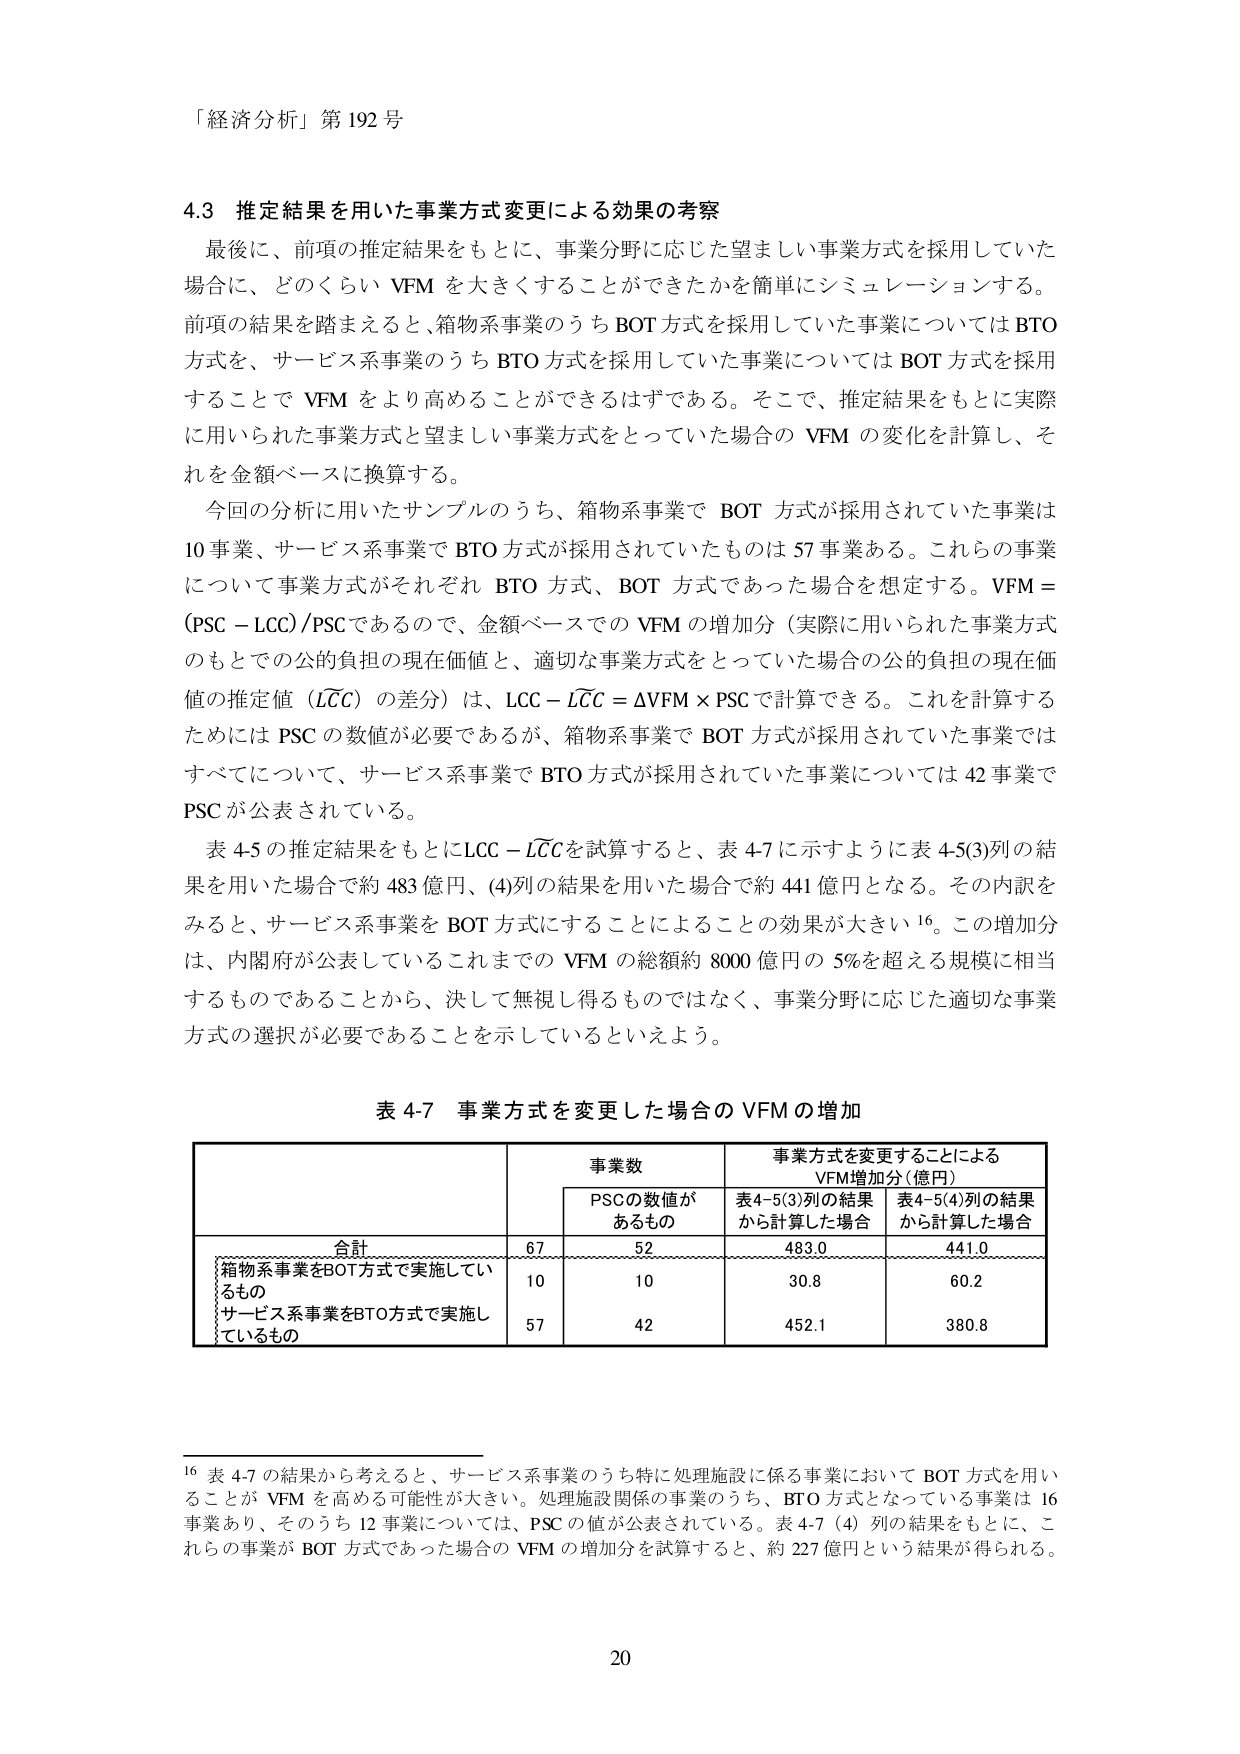
「経済分析」第192号

4.3 推定結果を用いた事業方式変更による効果の考察

最後に、前項の推定結果をもとに、事業分野に応じた望ましい事業方式を採用していた場合に、どのくらい VFM を大きくすることができたかを簡単にシミュレーションする。前項の結果を踏まえると、箱物系事業のうち BOT 方式を採用していた事業については BTO 方式を、サービス系事業のうち BTO 方式を採用していた事業については BOT 方式を採用することで VFM をより高めることができるはずである。そこで、推定結果をもとに実際に用いられた事業方式と望ましい事業方式をとっていた場合の VFM の変化を計算し、それを金額ベースに換算する。

今回の分析に用いたサンプルのうち、箱物系事業で BOT 方式が採用されていた事業は 10 事業、サービス系事業で BTO 方式が採用されていたものは 57 事業ある。これらの事業について事業方式がそれぞれ BTO 方式、BOT 方式であった場合を想定する。VFM = (PSC - LCC)/PSC であるので、金額ベースでの VFM の増加分（実際に用いられた事業方式のもとでの公的負担の現在価値と、適切な事業方式をとっていた場合の公的負担の現在価値の推定値（LCC）の差分）は、LCC - LCC = ΔVFM × PSC で計算できる。これを計算するためには PSC の数値が必要であるが、箱物系事業で BOT 方式が採用されていた事業ではすべてについて、サービス系事業で BTO 方式が採用されていた事業については 42 事業で PSC が公表されている。

表 4-5 の推定結果をもとに LCC - LCC を試算すると、表 4-7 に示すように表 4-5(3)列の結果を用いた場合で約 483 億円、(4)列の結果を用いた場合で約 441 億円となる。その内訳をみると、サービス系事業を BOT 方式にすることによるこの効果が大きい 16。この増加分は、内閣府が公表しているこれまでの VFM の総額約 8000 億円の 5%を超える規模に相当するものであることから、決して無視し得るものではなく、事業分野に応じた適切な事業方式の選択が必要であることを示しているといえよう。

表 4-7 事業方式を変更した場合の VFM の増加

| | 事業数 | 事業方式を変更することによる VFM増加分（億円） |
|---|---|---|
| | | PSCの数値があるもの | 表4-5(3)列の結果から計算した場合 | 表4-5(4)列の結果から計算した場合 |
| 合計 | 67 | 52 | 483.0 | 441.0 |
| 箱物系事業をBOT方式で実施しているもの | 10 | 10 | 30.8 | 60.2 |
| サービス系事業をBTO方式で実施しているもの | 57 | 42 | 452.1 | 380.8 |

16 表 4-7 の結果から考えると、サービス系事業のうち特に処理施設に係る事業において BOT 方式を用いることが VFM を高める可能性が大きい。処理施設関係の事業のうち、BTO 方式となっている事業は 16 事業あり、そのうち 12 事業については、PSC の値が公表されている。表 4-7（4）列の結果をもとに、これらの事業が BOT 方式であった場合の VFM の増加分を試算すると、約 227 億円という結果が得られる。

20